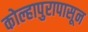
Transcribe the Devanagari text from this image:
कोल्हापुरापासून